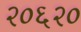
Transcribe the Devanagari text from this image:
२०६२०